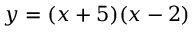
y = ( x + 5 ) ( x - 2 )